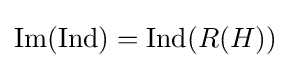
{\text{Im}}({\text{Ind}})={\text{Ind}}(R(H))